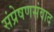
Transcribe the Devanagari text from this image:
संप्रेषणसंवाद